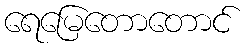
ရေမြေတောတောင်